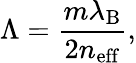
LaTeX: \Lambda=\frac{m\lambda_{\mathrm{B}}}{2n_{\mathrm{eff}}},